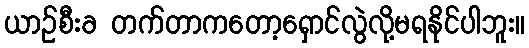
ယာဉ်စီးခ တက်တာကတော့ရှောင်လွဲလို့မရနိုင်ပါဘူး။